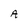
Character: A